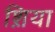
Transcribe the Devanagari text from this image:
श़िया